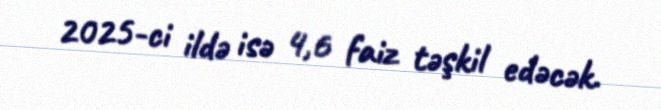
2025-ci ildə isə 4,6 faiz təşkil edəcək.